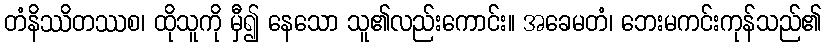
တံနိဿိတဿစ၊ ထိုသူကို မှီ၍ နေသော သူ၏လည်းကောင်း။ အခေမတံ၊ ဘေးမကင်းကုန်သည်၏